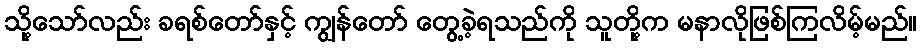
သို့သော်လည်း ခရစ်တော်နှင့် ကျွန်တော် တွေ့ခဲ့ရသည်ကို သူတို့က မနာလိုဖြစ်ကြလိမ့်မည်။